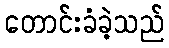
တောင်းခံခဲ့သည်